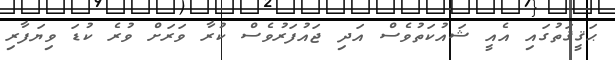
ޙަޤީޤަތުގައި އެއީ ޝައުކަތުވެސް އަދި ޖައުފަރުވެސް ކުރާ ވަރަށް ވުރެ ކުޑަ ވިޔަފާރި